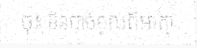
ចុះ មិនបាច់ខ្វល់ពីអាត្មា